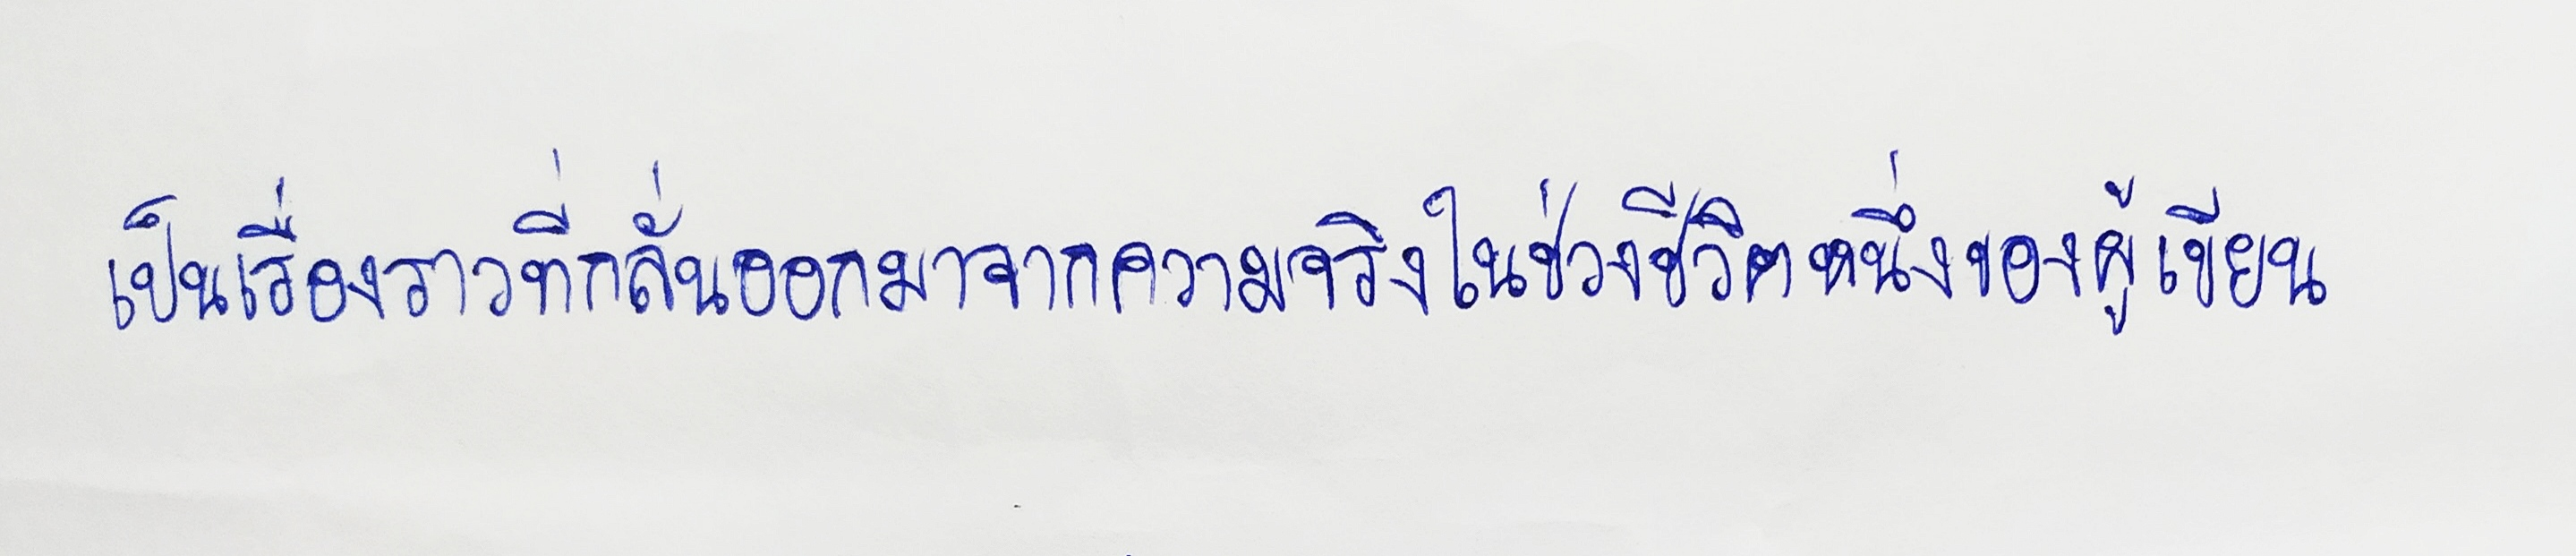
เป็นเรื่องราวที่กลั่นออกมาจากความจริงในช่วงชีวิตหนึ่งของผู้เขียน